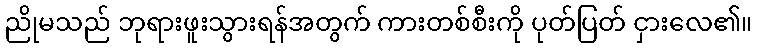
ညိုမသည် ဘုရားဖူးသွားရန်အတွက် ကားတစ်စီးကို ပုတ်ပြတ် ငှားလေ၏။